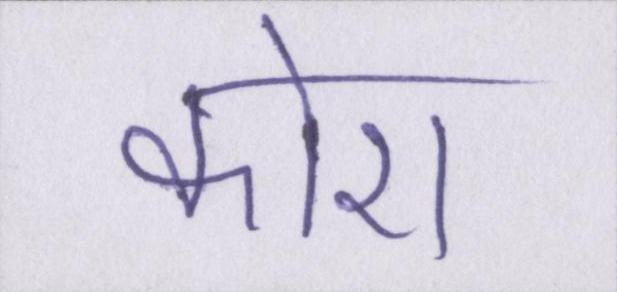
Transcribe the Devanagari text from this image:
कोरा